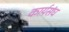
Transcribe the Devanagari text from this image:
कार्यसंघ